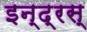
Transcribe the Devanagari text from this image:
इन्द्रस्